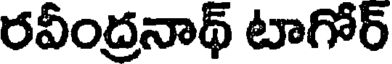
రవీంద్రనాథ్ టాగోర్